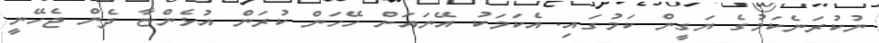
ނުކުރަނެކަމުގެ ޔަގީން ކަމުގައި. އެކަމަކު އޭނައަށް ހޭހަން ކުރަން އުޅެންޏާ ދެން ޖެހޭނީ